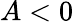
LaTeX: A<0